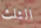
الثلث